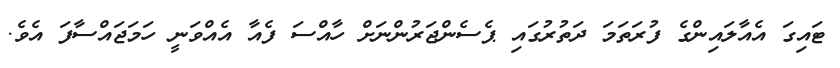
ޓައިގަ އެއާލައިންގެ ފުރަތަމަ ދަތުރުގައި ޕެސެންޖަރުންނަށް ހާއްސަ ފެއާ އެއްވަނީ ހަމަޖައްސާފަ އެވެ.